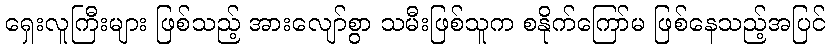
ရှေးလူကြီးများ ဖြစ်သည့် အားလျော်စွာ သမီးဖြစ်သူက စနိုက်ကြော်မ ဖြစ်နေသည့်အပြင်